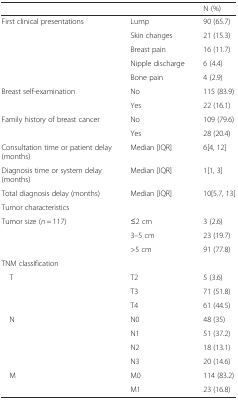
<table><thead><tr><td></td><td></td><td><b>N (%)</b></td></tr></thead><tbody><tr><td>First clinical presentations</td><td>Lump</td><td>90 (65.7)</td></tr><tr><td></td><td>Skin changes</td><td>21 (15.3)</td></tr><tr><td></td><td>Breast pain</td><td>16 (11.7)</td></tr><tr><td></td><td>Nipple discharge</td><td>6 (4.4)</td></tr><tr><td></td><td>Bone pain</td><td>4 (2.9)</td></tr><tr><td>Breast self-examination</td><td>No</td><td>115 (83.9)</td></tr><tr><td></td><td>Yes</td><td>22 (16.1)</td></tr><tr><td>Family history of breast cancer</td><td>No</td><td>109 (79.6)</td></tr><tr><td></td><td>Yes</td><td>28 (20.4)</td></tr><tr><td>Consultation time or patient delay (months)</td><td>Median [IQR]</td><td>6[4, 12]</td></tr><tr><td>Diagnosis time or system delay (months)</td><td>Median [IQR]</td><td>1[1, 3]</td></tr><tr><td>Total diagnosis delay (months)</td><td>Median [IQR]</td><td>10[5.7, 13]</td></tr><tr><td colspan="2">Tumor characteristics</td><td></td></tr><tr><td>Tumor size (<i>n</i> = 117)</td><td>≤2 cm</td><td>3 (2.6)</td></tr><tr><td></td><td>3–5 cm</td><td>23 (19.7)</td></tr><tr><td></td><td>&gt;5 cm</td><td>91 (77.8)</td></tr><tr><td>TNM classification</td><td></td><td></td></tr><tr><td> T</td><td>T2</td><td>5 (3.6)</td></tr><tr><td></td><td>T3</td><td>71 (51.8)</td></tr><tr><td></td><td>T4</td><td>61 (44.5)</td></tr><tr><td> N</td><td>N0</td><td>48 (35)</td></tr><tr><td></td><td>N1</td><td>51 (37.2)</td></tr><tr><td></td><td>N2</td><td>18 (13.1)</td></tr><tr><td></td><td>N3</td><td>20 (14.6)</td></tr><tr><td> M</td><td>M0</td><td>114 (83.2)</td></tr><tr><td></td><td>M1</td><td>23 (16.8)</td></tr></tbody></table>